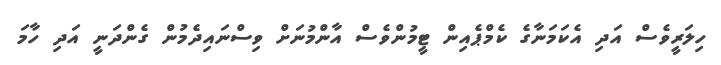
ހިލަރީވެސް އަދި އެކަމަނާގެ ކެމްޕެއިން ޓީމުންވެސް އާންމުނަށް ވިސްނައިދެމުން ގެންދަނީ އަދި ހާމަ